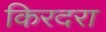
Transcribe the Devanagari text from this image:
किरदरा